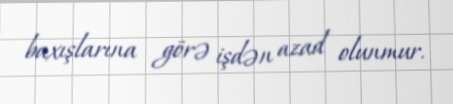
baxışlarına görə işdən azad olunmur.